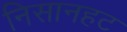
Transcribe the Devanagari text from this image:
निसानहट